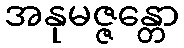
အနုမဇ္ဇန္တော